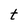
Character: t